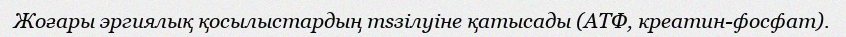
Жоғары эргиялық қосылыстардың тѕзiлуiне қатысады (АТФ, креатин-фосфат).